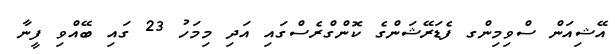
އޭޝިއަން ސްވިމިންގ ފެޑަރޭޝަންގެ ކޮންގްރެސްގައި އަދި މިމަހު 23 ގައި ބޭއްވި ފީނާ